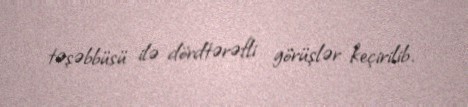
təşəbbüsü ilə dördtərəfli görüşlər keçirilib.